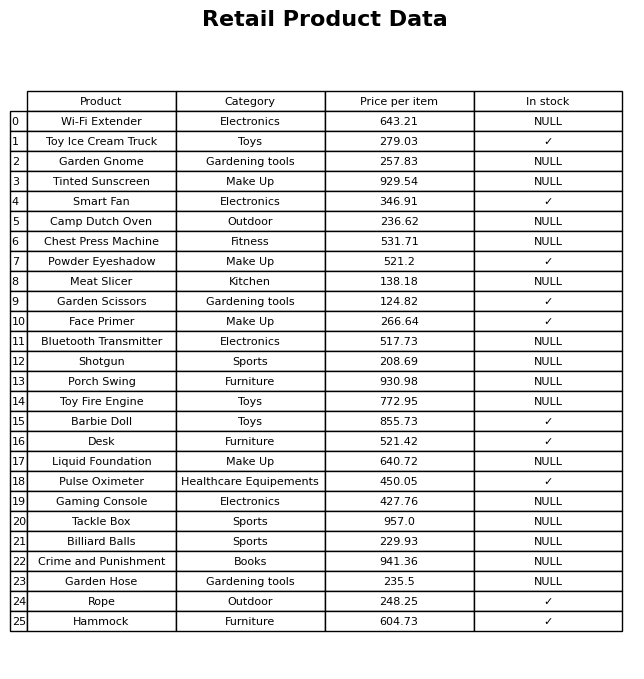
question: What is the price of the Garden Hose?
answer: The price of Garden Hose is 235.5.